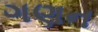
ગણન